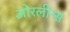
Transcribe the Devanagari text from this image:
ओरलीन्स